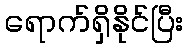
ရောက်ရှိနိုင်ပြီး